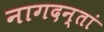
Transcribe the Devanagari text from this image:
नागदन्तां